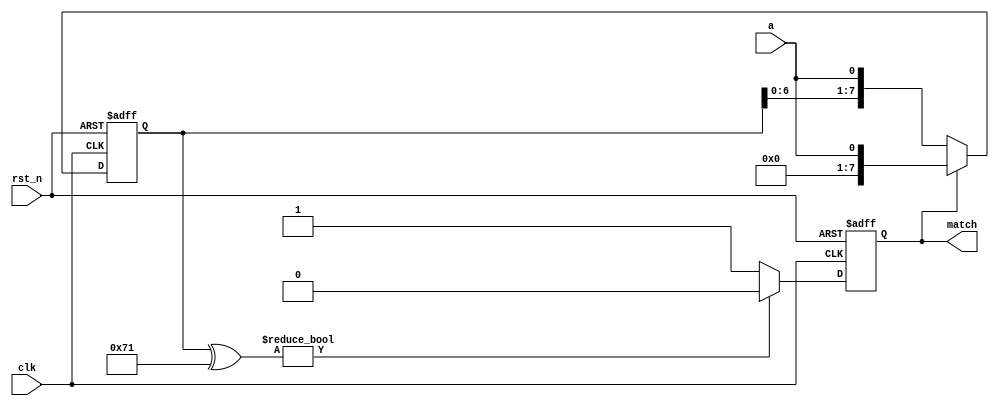
`timescale 1ns/1ns
module sequence_detect(
	input clk,
	input rst_n,
	input a,
	output reg match
	);

    reg [7:0] pattern = 8'b01110001;
    reg [7:0] srl_reg = 8'h00, srl_next;
    reg match_next = 1'b0;
    
    always @(*) begin
        if (srl_reg ^ pattern) begin
            match_next = 1'b0;
        end else begin
            match_next = 1'b1;
        end
        srl_next = {srl_reg[6:0], a};
		if (match) begin
			srl_next = {6'b00_0000, a};
		end
    end
    
    always @(posedge clk or negedge rst_n) begin
        if (~rst_n) begin
            srl_reg <= 8'h00;
            match <= 1'b0;
        end else begin
            srl_reg <= srl_next;
            match <= match_next;
        end
    end
endmodule